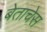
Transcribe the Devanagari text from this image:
बेताचेस